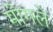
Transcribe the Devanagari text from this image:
मोगले